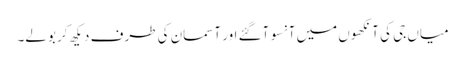
میاں جی کی آنکھوں میں آنسو آگئے اور آسمان کی طرف دیکھ کر بولے۔